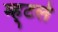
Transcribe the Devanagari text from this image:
म्ह्टले